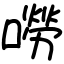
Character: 嘮